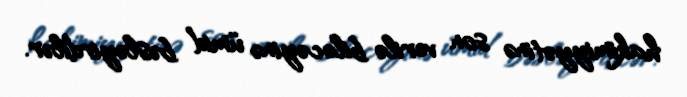
hakimiyyətinə son verilə biləcəyinə ümid bəsləyirdilər.